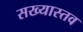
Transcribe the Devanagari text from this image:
सख्यास्तव